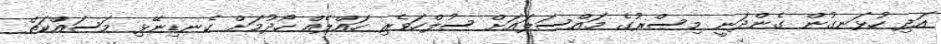
އަދި ހުޅަނގުން ގެންދަނީ މިސްރުގެ މައްސަލައަށް ސުލްހަވެރި ހައްލެއް ހޯދުމަށް ކެނޑިނޭޅި މަސައްކަތް